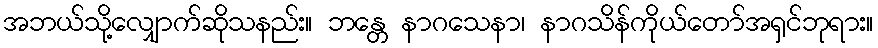
အဘယ်သို့လျှောက်ဆိုသနည်း။ ဘန္တေ နာဂသေနာ၊ နာဂသိန်ကိုယ်တော်အရှင်ဘုရား။